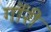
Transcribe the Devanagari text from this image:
गॉरी